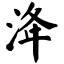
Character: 洚